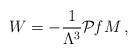
LaTeX: \begin{align*}W=-\frac{1}{\Lambda^3}{\cal P}{\it f} M \, , \end{align*}